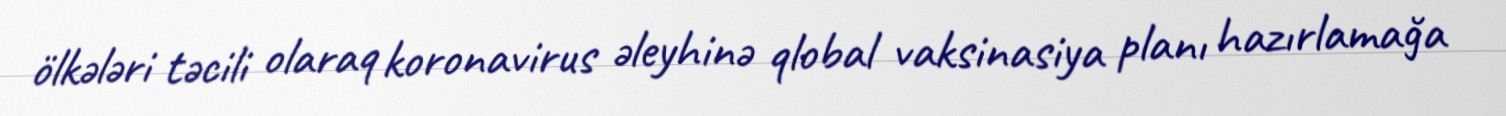
ölkələri təcili olaraq koronavirus əleyhinə qlobal vaksinasiya planı hazırlamağa